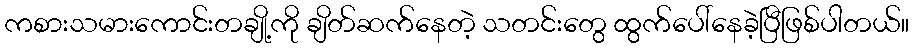
ကစားသမားကောင်းတချို့ကို ချိတ်ဆက်နေတဲ့ သတင်းတွေ ထွက်ပေါ်နေခဲ့ပြီဖြစ်ပါတယ်။